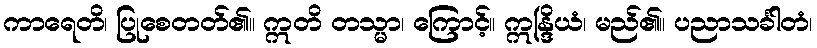
ကာရေတိ၊ ပြုစေတတ်၏။ ဣတိ တသ္မာ၊ ကြောင့်။ ဣန္ဒြိယံ၊ မည်၏။ ပညာသင်္ခါတံ၊